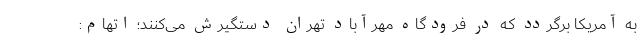
به آمریکا برگردد که در فرودگاه مهرآباد تهران دستگیرش می‌کنند؛ اتهام: